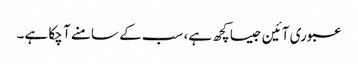
عبوری آئین جیسا کچھ ہے، سب کے سامنے آ چکا ہے۔